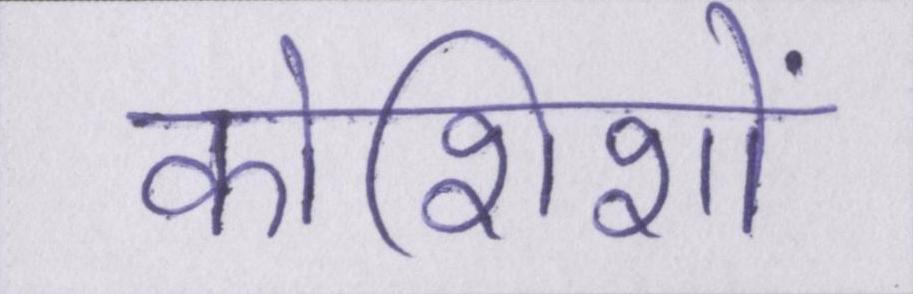
कोशिशों